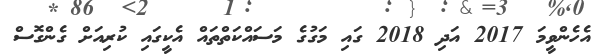
އެހެންވީމަ 2017 އަދި 2018 ގައި މަގުގެ މަސައްކަތްތައް އެކީގައި ކުރިއަށް ގެންގޮސް